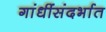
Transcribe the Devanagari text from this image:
गांधींसंदर्भात